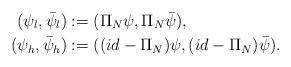
LaTeX: \begin{align*}(\psi_l,\bar\psi_l) &:= (\Pi_N\psi,\Pi_N\bar\psi), \\(\psi_h,\bar\psi_h) &:= ((id-\Pi_N)\psi, (id-\Pi_N)\bar\psi).\end{align*}